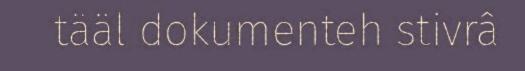
tääl dokumenteh stivrâ